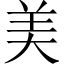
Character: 美